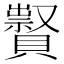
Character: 𧸆